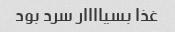
غذا بسیاااار سرد بود